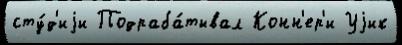
сту́д'иjи Подраба́тывал Конн'ер'и Уjик